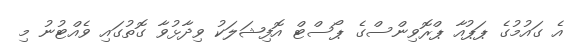
އެ ގައުމުގެ ޕަޕުއާ ޕްރޮވިންސްގެ ޕޯސްޓް އޮފިޝަލަކު ވިދާޅުވާ ގޮތުގައި ވެއްޓުނު މި